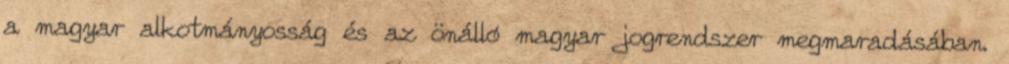
a magyar alkotmányosság és az önálló magyar jogrendszer megmaradásában.